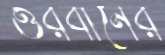
ওরবানের